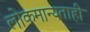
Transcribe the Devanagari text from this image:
लोकमान्यताही